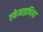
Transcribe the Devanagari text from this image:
एकेमाइथिया